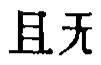
且无